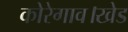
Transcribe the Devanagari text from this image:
कोरेगाव।खेड